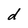
Character: d